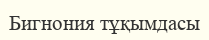
Бигнония тұқымдасы